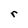
Character: r